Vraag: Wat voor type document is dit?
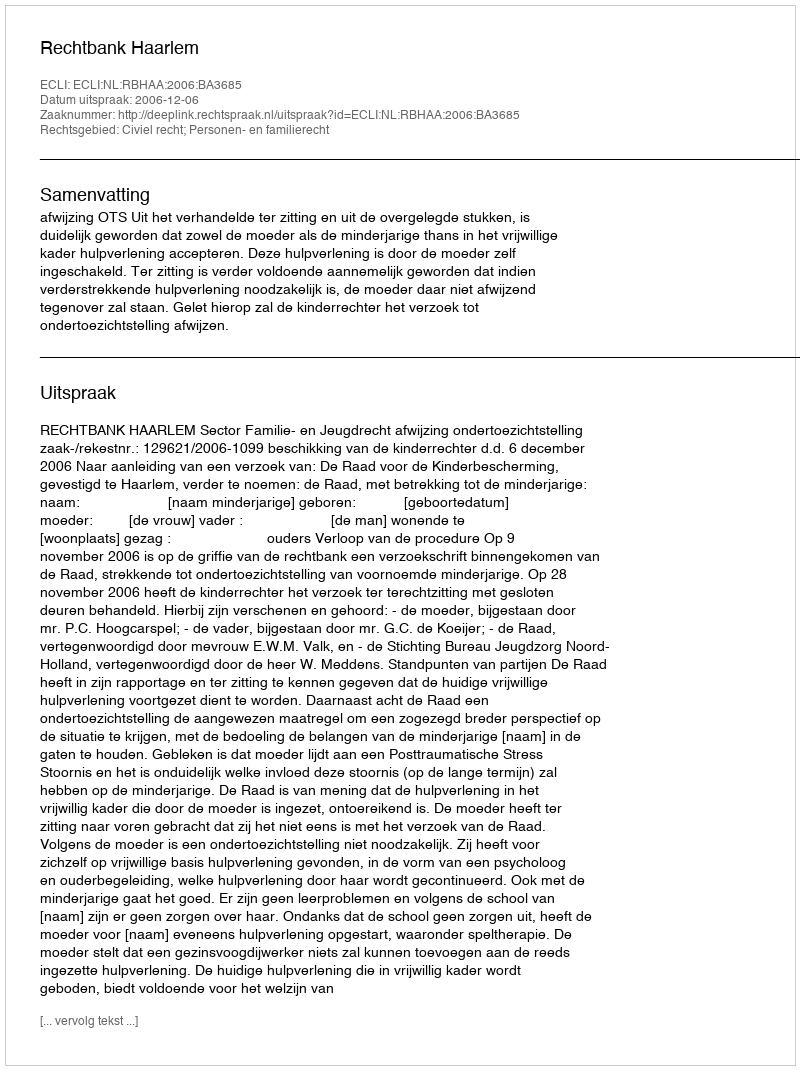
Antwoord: Uitspraak